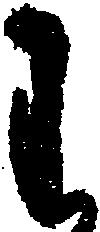
わ